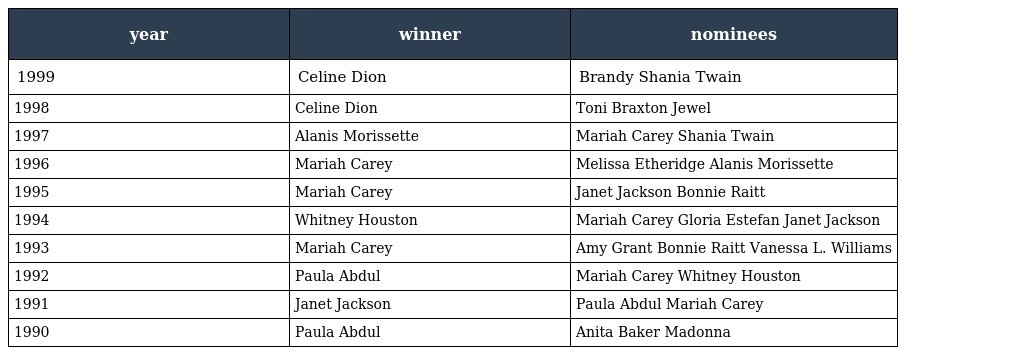
| year | winner | nominees |
 | --- | --- | --- |
 | 1999 | Celine Dion | Brandy Shania Twain |
 | 1998 | Celine Dion | Toni Braxton Jewel |
 | 1997 | Alanis Morissette | Mariah Carey Shania Twain |
 | 1996 | Mariah Carey | Melissa Etheridge Alanis Morissette |
 | 1995 | Mariah Carey | Janet Jackson Bonnie Raitt |
 | 1994 | Whitney Houston | Mariah Carey Gloria Estefan Janet Jackson |
 | 1993 | Mariah Carey | Amy Grant Bonnie Raitt Vanessa L. Williams |
 | 1992 | Paula Abdul | Mariah Carey Whitney Houston |
 | 1991 | Janet Jackson | Paula Abdul Mariah Carey |
 | 1990 | Paula Abdul | Anita Baker Madonna |